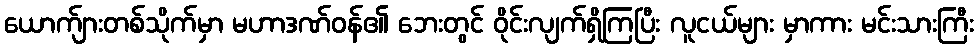
ယောက်ျားတစ်သိုက်မှာ မဟာဒဏ်ဝန်၏ ဘေးတွင် ဝိုင်းလျက်ရှိကြပြီး လူငယ်များ မှာကား မင်းသားကြီး